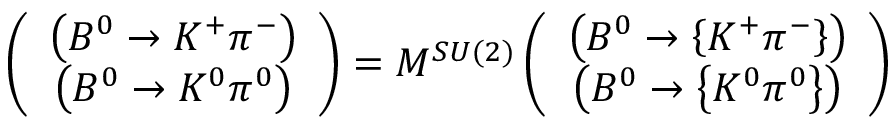
\left( \begin{array} { c } { { \left( B ^ { 0 } \rightarrow K ^ { + } \pi ^ { - } \right) } } \\ { { \left( B ^ { 0 } \rightarrow K ^ { 0 } \pi ^ { 0 } \right) } } \end{array} \right) = M ^ { S U ( 2 ) } \left( \begin{array} { c } { { \left( B ^ { 0 } \rightarrow \left\{ K ^ { + } \pi ^ { - } \right\} \right) } } \\ { { \left( B ^ { 0 } \rightarrow \left\{ K ^ { 0 } \pi ^ { 0 } \right\} \right) } } \end{array} \right)